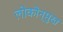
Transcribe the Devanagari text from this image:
लोकोन्मुख